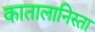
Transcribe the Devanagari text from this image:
कातालानिस्ता